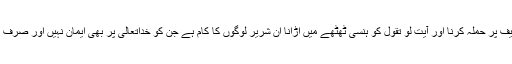
جب تک ایسا ثبوت نہ ہو تب تک بے ایمانوں کی طرح قرآن شریف پر حملہ کرنا اور آیت لَوْ تَقَوَّلَ کو ہنسی ٹھٹھے میں اڑانا ان شریر لوگوں کا کام ہے جن کو خداتعالیٰ پر بھی ایمان نہیں اور صرف زبان سے کلمہ پڑھتے اور باطن میں اسلام سے بھی منکر ہیں‘‘۔